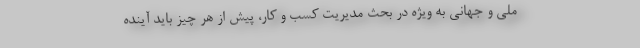
ملی و جهانی به ویژه در بحث مدیریت کسب و کار، پیش از هر چیز باید آینده